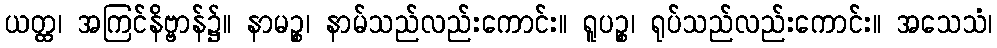
ယတ္ထ၊ အကြင်နိဗ္ဗာန်၌။ နာမဉ္စ၊ နာမ်သည်လည်းကောင်း။ ရူပဉ္စ၊ ရုပ်သည်လည်းကောင်း။ အသေသံ၊